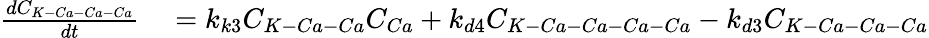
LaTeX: \begin{array}{rl}{\frac{dC_{K-Ca-Ca-Ca}}{dt}}&{{}=k_{k3}C_{K-Ca-Ca}C_{Ca}+k_{d4}C_{K-Ca-Ca-Ca-Ca}-k_{d3}C_{K-Ca-Ca-Ca}}\end{array}